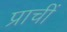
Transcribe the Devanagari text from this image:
प्राचीं